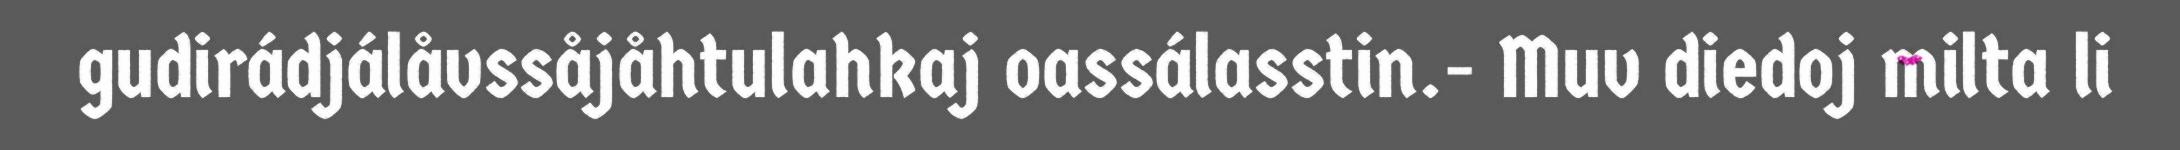
gudirádjálåvssåjåhtulahkaj oassálasstin.- Muv diedoj milta li